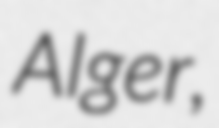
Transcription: Alger,